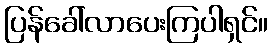
ပြန်ခေါ်လာပေးကြပါရှင်။